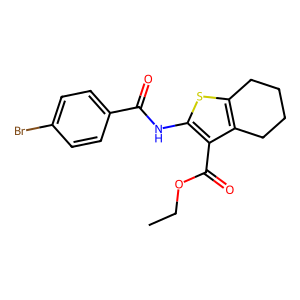
SMILES: CCOC(=O)c1c(NC(=O)c2ccc(Br)cc2)sc2c1CCCC2
Inhibits HIV replication: No